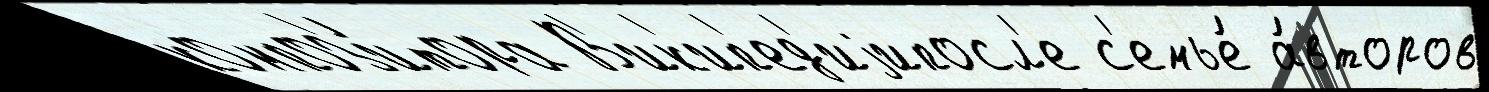
композ'и́тора В'ик'ип'ед'иjипосл'е с'емье́ а́второв